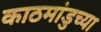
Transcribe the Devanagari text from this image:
काठमांडुच्या